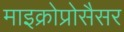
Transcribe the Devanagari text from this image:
माइक्रोप्रोसैसर